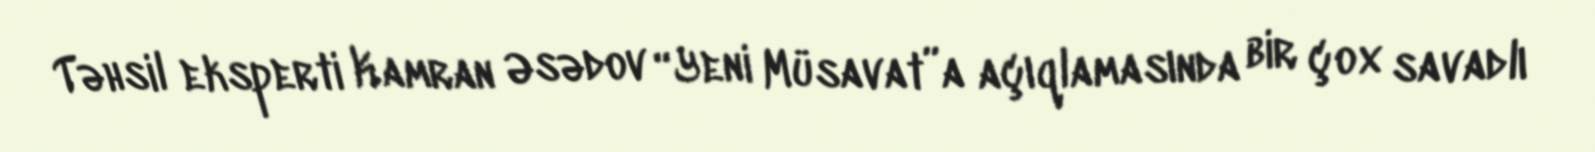
Təhsil eksperti Kamran Əsədov “Yeni Müsavat”a açıqlamasında bir çox savadlı